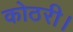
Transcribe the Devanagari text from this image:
कोठरी।